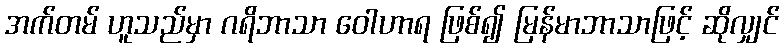
အက်တမ် ဟူသည်မှာ ဂရိဘာသာ ဝေါဟာရ ဖြစ်၍ မြန်မာဘာသာဖြင့် ဆိုလျှင်